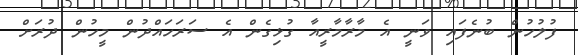
ފުލުހުން ބުނެފައި ވަނީ އެ މާރާމާރީއާ ގުޅިގެން އެ ސަރަހައްދުން މީހުން ދުރަށް